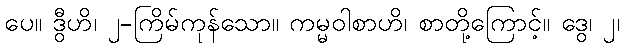
ပေ။ ဒွီဟိ၊ ၂-ကြိမ်ကုန်သော။ ကမ္မဝါစာဟိ၊ စာတို့ကြောင့်။ ဒွေ၊ ၂၊